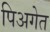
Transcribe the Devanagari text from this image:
पिअगेत